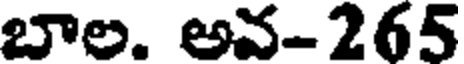
బాల. అవ-265